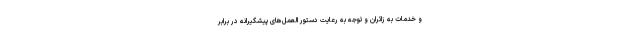
و خدمات به زائران و توجه به رعایت دستور العمل‌های پیشگیرانه در برابر